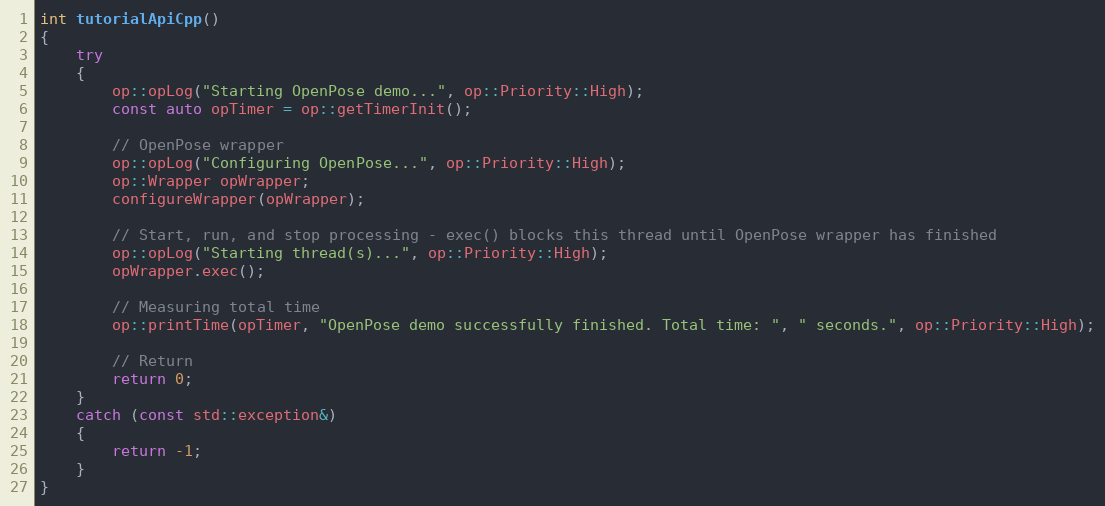
Language: C++
int tutorialApiCpp()
{
    try
    {
        op::opLog("Starting OpenPose demo...", op::Priority::High);
        const auto opTimer = op::getTimerInit();

        // OpenPose wrapper
        op::opLog("Configuring OpenPose...", op::Priority::High);
        op::Wrapper opWrapper;
        configureWrapper(opWrapper);

        // Start, run, and stop processing - exec() blocks this thread until OpenPose wrapper has finished
        op::opLog("Starting thread(s)...", op::Priority::High);
        opWrapper.exec();

        // Measuring total time
        op::printTime(opTimer, "OpenPose demo successfully finished. Total time: ", " seconds.", op::Priority::High);

        // Return
        return 0;
    }
    catch (const std::exception&)
    {
        return -1;
    }
}